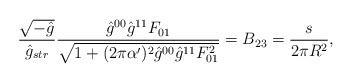
LaTeX: \begin{align*}\frac{\sqrt{-\hat{g}}}{\hat{g}_{str}} \frac{ \hat{g}^{00} \hat{g}^{11} F_{01} } {\sqrt{ 1+(2\pi\alpha^\prime)^2 \hat{g}^{00}\hat{g}^{11} F_{01}^2 }} = B_{23} =\frac{s}{2\pi R^2},\end{align*}